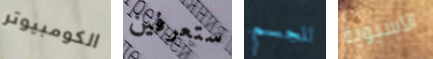
الكومبيوتر ستعرفين للجسم الآسيوية